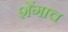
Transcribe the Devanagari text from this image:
शेंगाच